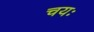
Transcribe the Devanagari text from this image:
चयः